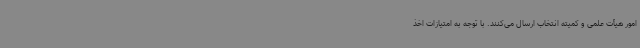
امور هیأت علمی و کمیته انتخاب ارسال می‌کنند. با توجه به امتیازات اخذ